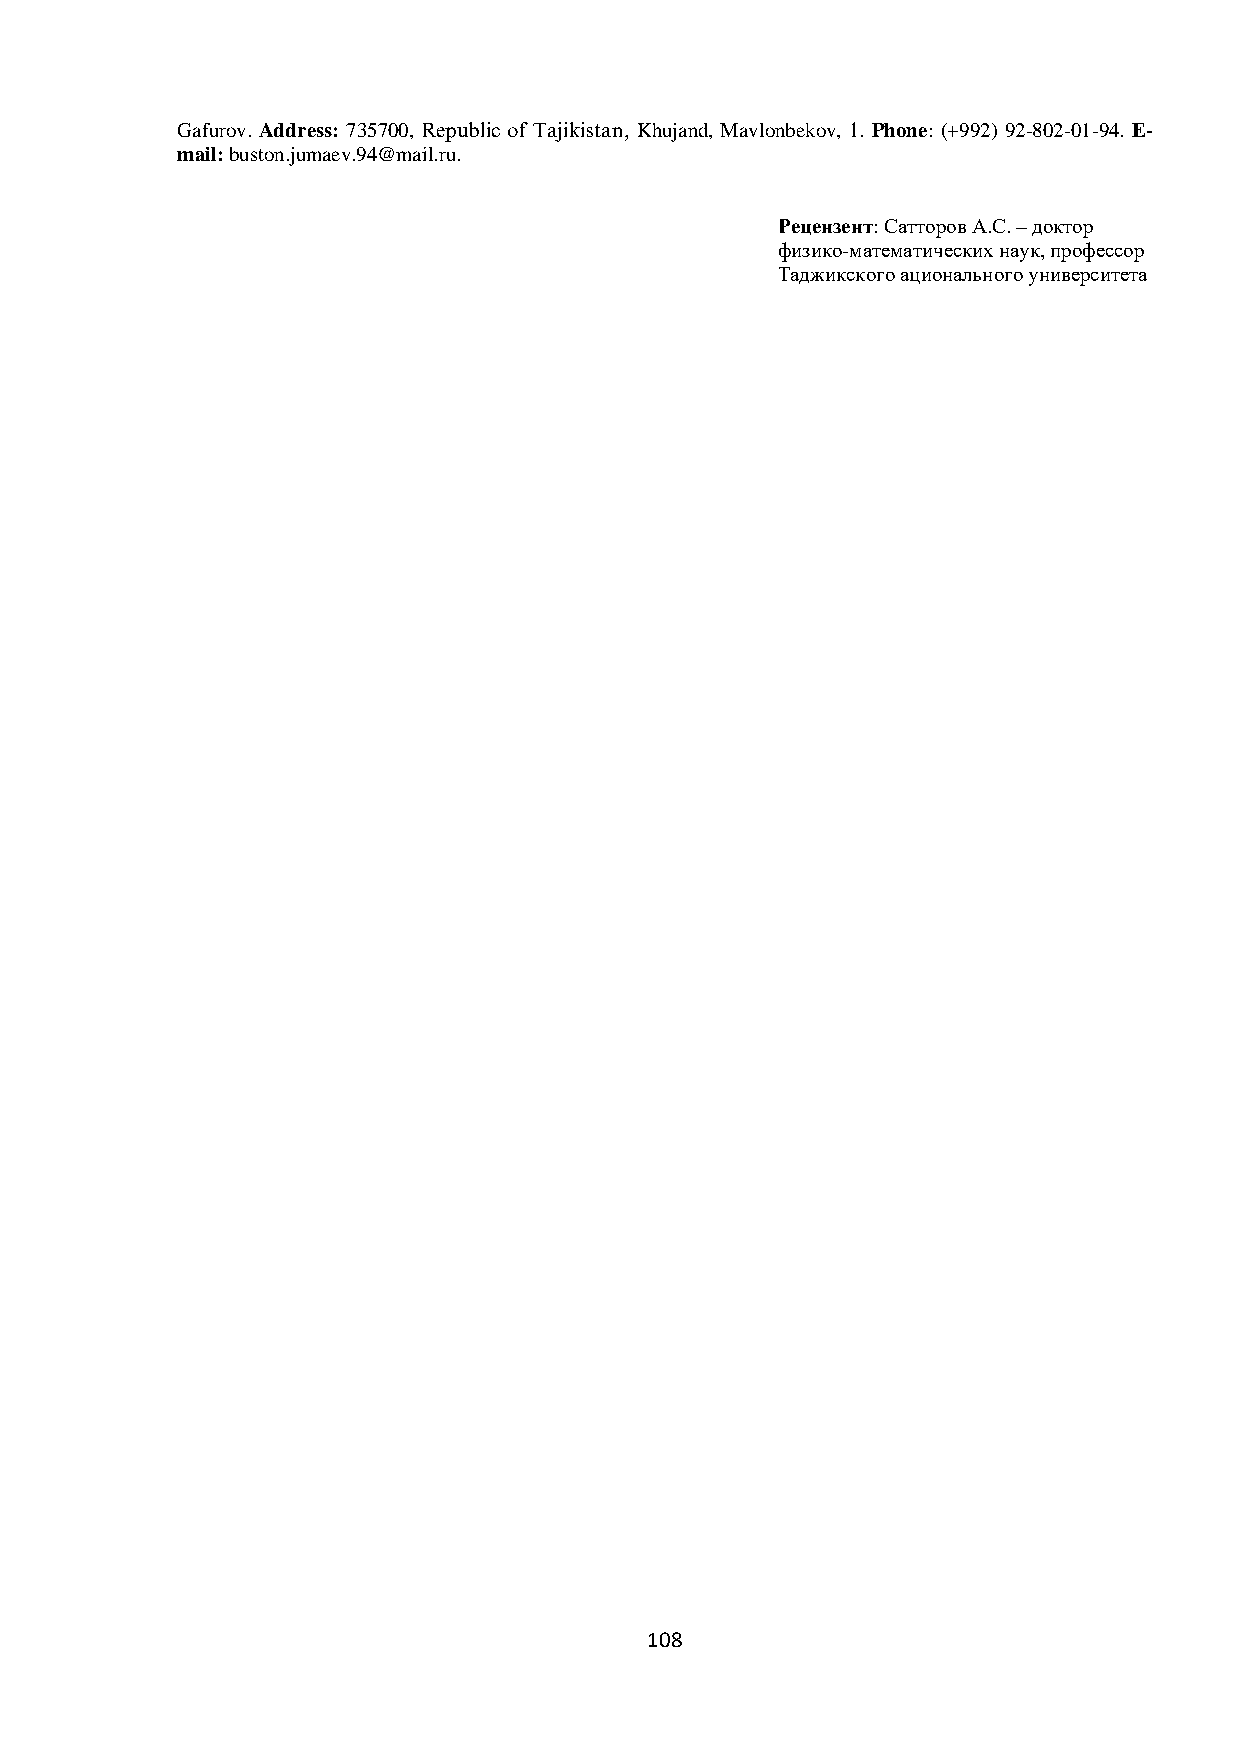
Gafurov. Address: 735700, Republic of Tajikistan, Khujand, Mavlonbekov, 1. Phone: (+992) 92-802-01-94. E-
 mail: buston.jumaev.94@mail.ru.
 Рецензент: Сатторов А.С. – доктор
 физико-математических наук, профессор
 Таджикского ационального университета
 108